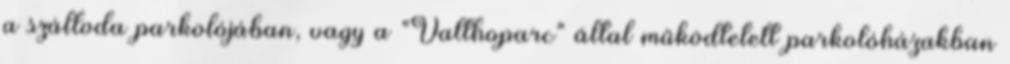
a szálloda parkolójában, vagy a "Valthoparc" által működtetett parkolóházakban